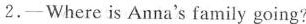
2.—Where is Anna's family going?